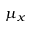
\mu _ { x }